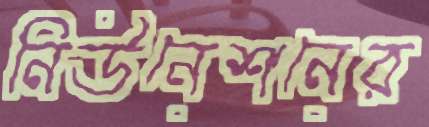
নিউনেশনের